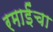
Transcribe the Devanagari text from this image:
रमाईंचा